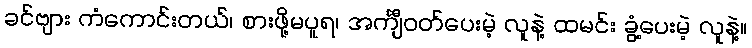
ခင်ဗျား ကံကောင်းတယ်၊ စားဖို့မပူရ၊ အင်္ကျီဝတ်ပေးမဲ့ လူနဲ့ ထမင်း ခွံ့ပေးမဲ့ လူနဲ့။